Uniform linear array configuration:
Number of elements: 16
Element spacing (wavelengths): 0.75
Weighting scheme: binomial
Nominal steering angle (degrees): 30
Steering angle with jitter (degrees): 29.251
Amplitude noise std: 0.05
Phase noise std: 0.05

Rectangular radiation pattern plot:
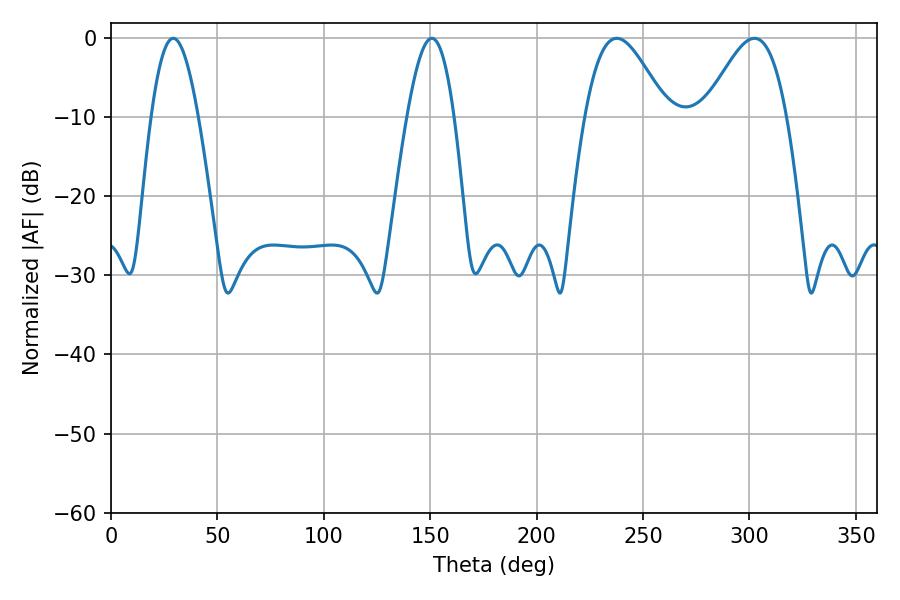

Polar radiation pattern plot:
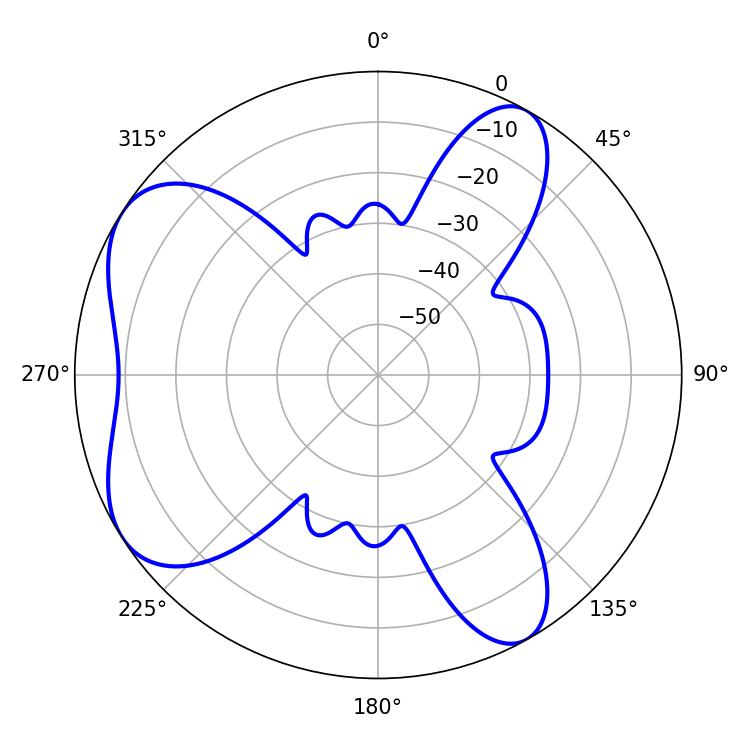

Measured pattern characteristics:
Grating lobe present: TRUE
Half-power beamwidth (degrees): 20.52
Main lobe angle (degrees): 237.6